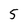
Character: 5